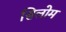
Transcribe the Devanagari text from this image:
सिलोम